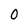
Character: 0